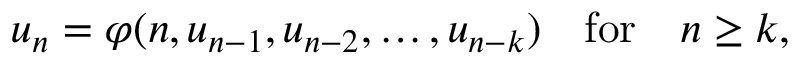
u _ { n } = \varphi ( n , u _ { n - 1 } , u _ { n - 2 } , \ldots , u _ { n - k } ) \quad { \mathrm { f o r } } \quad n \geq k ,